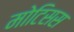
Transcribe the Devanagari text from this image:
मोटिसस